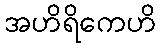
အဟိရိကေဟိ